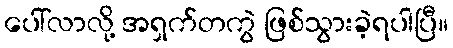
ပေါ်လာလို့ အရှက်တကွဲ ဖြစ်သွားခဲ့ရပါပြီ။